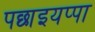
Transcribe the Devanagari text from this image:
पछाइयप्पा